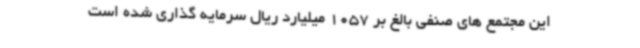
این مجتمع های صنفی بالغ بر 1057 میلیارد ریال سرمایه گذاری شده است